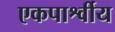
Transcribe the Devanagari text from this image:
एकपार्श्वीय